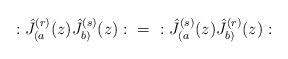
\begin{align*}:\hat{J}_{(a}^{(r)}(z)\hat{J}_{b)}^{(s)}(z): \hspace{.1in}=\hspace{.1in}:\hat{J}_{(a}^{(s)}(z)\hat{J}_{b)}^{(r)}(z): \end{align*}